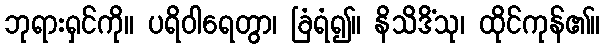
ဘုရားရှင်ကို။ ပရိဝါရေတွာ၊ ခြံရံ၍။ နိသိဒိံသု၊ ထိုင်ကုန်၏။